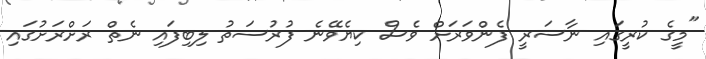
"މީގެ ކުރީގައި ނާސަރީ ފެންވަރަށް ވެސް ކިޔެވޭނެ ފުރުސަތު ލިބިފައި ނެތް ރަށްރަށުގައި